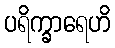
ပရိက္ခာရေဟိ